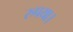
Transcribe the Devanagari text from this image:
रुपया।